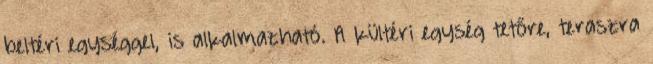
beltéri egységgel, is alkalmazható. A kültéri egység tetőre, teraszra